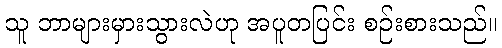
သူ ဘာများမှားသွားလဲဟု အပူတပြင်း စဉ်းစားသည်။